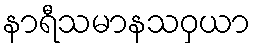
နာရီသမာနသဝှယာ